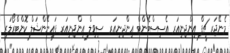
މެނޭޖަރ ޗީފް އިންޖިނިއަރ އެސިސްޓެންޓް އިންޖިނިއަރ  ސިވިލް އިންޖިނިއަރ ފައިނޭންޝަލް ކޮންޓްރޯލަރ